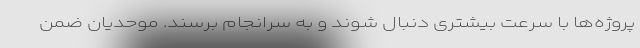
پروژه‌ها با سرعت بیشتری دنبال شوند و به سرانجام برسند. موحدیان ضمن